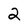
Character: 2